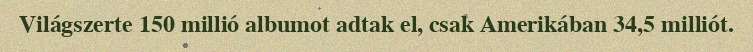
Világszerte 150 millió albumot adtak el, csak Amerikában 34,5 milliót.